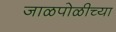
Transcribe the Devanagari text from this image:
जाळपोळीच्या